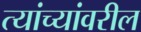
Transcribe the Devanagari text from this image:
त्यांच्यांवरील